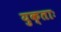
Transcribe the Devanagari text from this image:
युक्ताः